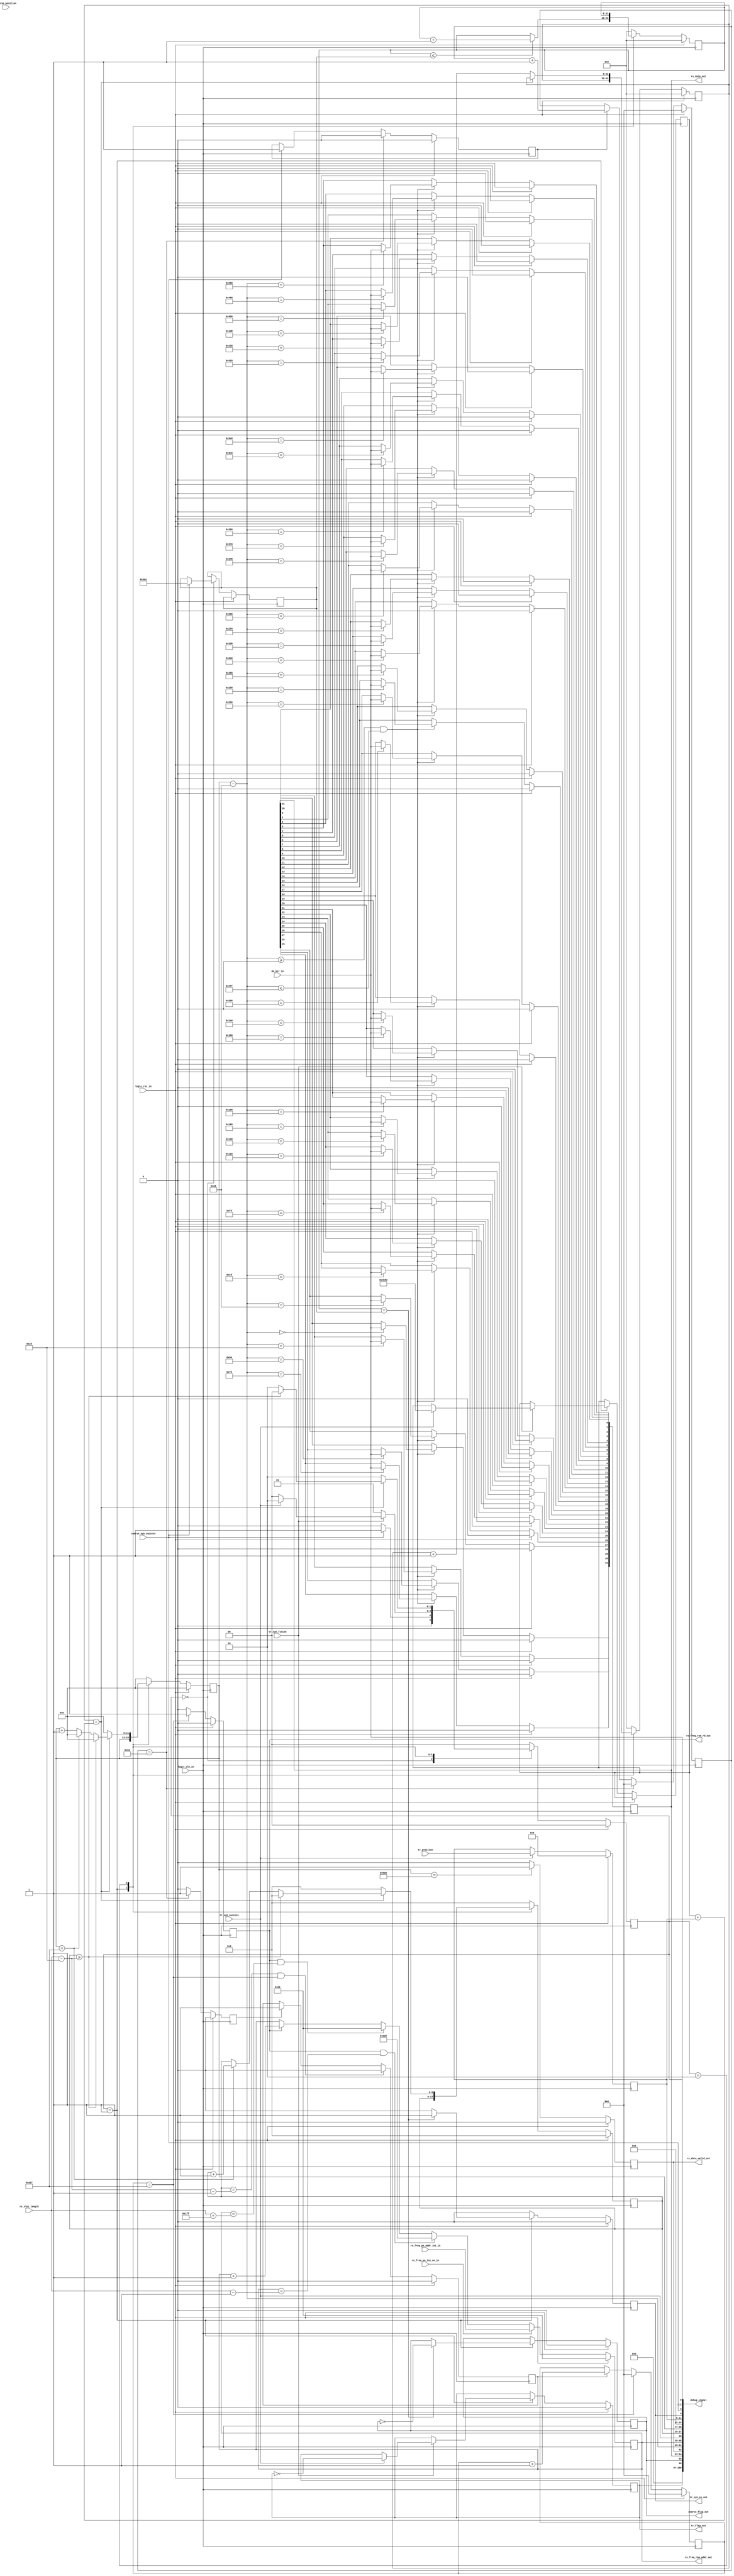
//////////////////////////////////////////////////////////////////////////////////
// Company:         StarPoint
// 
// Module Name:     rx_fsm_ctrl 
// Project Name:    Rx synchronization correlation process;
// Target Devices:  FPGA - XC7K325T - FFG900; 
// Tool versions:   ISE14.6;   
// Description:
//                  
//
// Revision:        v1.0 - File Created
// Additional Comments: 
// 1. 
// 2.
// 3. 
//
//////////////////////////////////////////////////////////////////////////////////
`timescale 1ns / 1ps

module rx_fsm_ctrl(
//// clock/reset ////
input               logic_clk_in,               // 200MHz logic clock
input               logic_rst_in, 

//sync signals
input               coarse_syn_success,
input[4:0]          coarse_position,		   //

input               tr_syn_finish,
input               tr_syn_success,
input[6:0]          tr_position,

//input data 
input               de_bit_in,
input[8:0]          rx_slot_length,

//output syn signals
output              tr_syn_en_out,              // 
output              coarse_flag_out,           // 
output              tr_flag_out,               // 

//output hop frequence signals
//output              time_slot_data_en,         // 1:    0 
output[9:0]         rx_freq_ram_addr_out,        // 
output              rx_freq_ram_rd_out,
input [9:0]         rx_freq_pn_addr_ini_in,     //ul freq and pn ram pattern initial addr
input               rx_freq_pn_ini_en_in,       //ul freq and pn ram pattern initial addr update enable

//output hop frequence signals
output              rx_data_valid_out,         // 
output[31:0]        rx_data_out,               // 32-bit

output[199:0]       debug_signal
);
//////////////////////////////////////////////////////////////////////////////////
//// signals declaration ////
reg [8:0]            rx_fh_counter            = 9'd0;      // 
reg [11:0]           rx_fh_period_counter     = 12'd0;     // 
reg [6:0]            tr_position_reg          = 7'd0;
       		                                  
reg [1:0]            rx_fh_ctrl_state;  
//wire[31:0]         coarse_cal_cnt_out;      
reg [31:0]           coarse_delay_count       = 32'd0;
reg [31:0]           tr_delay_count           = 32'd0;
reg [31:0]           delay_counter_1          = 32'd0;
reg [31:0]           delay_counter_2          = 32'd0;


reg [9:0]            rx_freq_ram_addr         = 10'd32;
reg                  rx_freq_ram_rd           = 1'b0;
                                              
reg                  rx_data_valid            = 1'b0;
reg [31:0]           rx_data                  = 32'd0;
wire[12:0]           bit_counter; 

reg                  coarse_freq_dly_en       = 1'b0;
reg[15:0]            coarse_freq_dly_cnt      = 16'd0;
reg                  coarse_freq_dly_pulse    = 1'b0;  

reg                  rx_13us_start            = 1'b0;                  
reg[15:0]            rx_13us_cnt              = 16'd0;

reg                  tr_syn_en                = 1'b0;  
reg                  coarse_flag              = 1'b0;
reg                  tr_flag                  = 1'b0;    

//////////////////////////////////////////////////////////////////////////////////
//// parameter defination ////
parameter            syn_code_num             = 8'd40;         //4032+8
parameter            tr_code_position         = 9'd32;         //tr
parameter            data_position            = 9'd40;         //
parameter            rx_13us_length           = 16'd2599;      //13us // 200M*13us=2600
parameter            rx_6_4us_length          = 13'd1279;      //13us // 200M*6.4us=1280
                                              
parameter            rx_freq_upd_delay        = 16'd98;        //freq update after coarse_sucess 100clk


//parameter            tr_position_length    = 24'd41599;   //trclk 32pulse*65bit*20clk(10ns)=41600; 13us*32pulse/10ns=41600
//parameter            data_position_length  = 24'd51999;      //clk   40pulse*65bit*20clk(10ns)=52000; 13us*40pulse/10ns=52000


// 
//parameter   coarse_delay_count          = (((tr_code_position - coarse_position - 1)*65 + 33)*40 - 18 - 20);	//delay counter
// -1  : coarse_position0tr_code_position1~3232pulse
// 65  : 65bit; 13us/200ns=65
// 40  : 200MHz(1bit)200/5=40
// 33  : 6.6us(33bit)
// 18  : 410clk
// 20  : tr_syn_entr
// 5M25M13us


// 
//parameter tr_delay_count                =(((data_position - tr_code_position -1 ) * 65 + 32 - 4) * 40 - 38); 	
// -1  : pulse
// 65  : 65bit; 
// 32  : bit, 
// 4   : DDCNCO4()NCOcoarse_success
// 38  : tr538clk
// 40  : 200MHz(1bit)200/5=40


//////////////////////////////////////////////////////////////////////////////////
//// (0) signal assigment ////
// time_slot_data_en1:  0FPGA
 //assign   time_slot_data_en             = (( rx_fh_ctrl_state == 2'd2 ) && (delay_counter_2[31:0] == tr_delay_count + tr_position_reg)) ? 1'b1 : 1'b0;
                                        
 assign   rx_data_valid_out             = rx_data_valid;
 assign   rx_data_out[31:0]             = rx_data[31:0];
                                        
 assign   rx_freq_ram_addr_out[9:0]     = rx_freq_ram_addr[9:0];
 assign   rx_freq_ram_rd_out            = rx_freq_ram_rd;    

 assign   tr_syn_en_out                 = tr_syn_en;    
 assign   coarse_flag_out               = coarse_flag;
 assign   tr_flag_out                   = tr_flag;    
//////////////////////////////////////////////////////////////////////////////////
//// (1)keep tr position 
always @(posedge logic_clk_in)
begin
    if(logic_rst_in)
        tr_position_reg[6:0]                <= 7'd0;
    else                                    
        begin                               
        if(tr_syn_success)                  
			begin                           
				tr_position_reg[6:0]        <= tr_position[6:0];
			end                             
		else                                
            tr_position_reg[6:0]            <= tr_position_reg[6:0];
        end
end


//////////////////////////////////////////////////////////////////////////////////
//// (2) FSM 
always @(posedge logic_clk_in)
begin
    if(logic_rst_in)
        begin
        rx_fh_counter[8:0]                          <= 9'd0;
        rx_fh_period_counter[11:0]                  <= 12'd0;
        rx_fh_ctrl_state                            <= 2'd0;
        delay_counter_1[31:0]                       <= 32'd0;
        delay_counter_2[31:0]                       <= 32'd0;
        tr_syn_en                                   <= 1'b0;
		coarse_flag                                 <= 1'b0;
		tr_flag                                     <= 1'b0;
        end
    else
        begin
        case(rx_fh_ctrl_state)
        2'd0:  // 
            begin
            rx_fh_counter[8:0]                      <= 9'd0;
            rx_fh_period_counter[11:0]              <= 12'd0;
            delay_counter_1[31:0]                   <= 32'd0;
            delay_counter_2[31:0]                   <= 32'd0;
            tr_syn_en                               <= 1'b0;
            if(coarse_syn_success == 1'b1)// 
                begin
					rx_fh_ctrl_state                <= 2'd1; // 
					coarse_delay_count[31:0]        <= 32'd1282;//(((tr_code_position - coarse_position[4:0] - 1)*65 + 33)*40 - 18 - 20);	
				end                                 
			else                                    
                rx_fh_ctrl_state                    <= 2'd0;
            end                                     
                                                    
        2'd1:  //                         
            begin                                   
            if(delay_counter_1[31:0] <= coarse_delay_count[31:0]) //delay_counter_1
                delay_counter_1[31:0]               <= delay_counter_1[31:0] + 1'b1;
            else
                delay_counter_1[31:0]               <= delay_counter_1[31:0]; 
                
            if(delay_counter_1[31:0] == coarse_delay_count[31:0] )
				begin
					tr_syn_en                       <= 1'b1;
					coarse_flag                     <= ~coarse_flag; 
				end                                 
			else                                    
                tr_syn_en                           <= 1'b0;
				
			       
            if(tr_syn_finish == 1'b1)
                begin
                if(tr_syn_success == 1'b1)
                    begin
					tr_flag                         <= ~tr_flag; 
					tr_delay_count[31:0]            <= 32'd19282;//(((data_position - tr_code_position -1 ) * 65 + 32 - 4) * 40 - 38); 
                    rx_fh_ctrl_state                <= 2'd2;   // 
                    end                             
                else                                
                    begin                           
                    rx_fh_ctrl_state                <= 2'd0;   // 
                    end                             
                end                                 
            else                                    
                rx_fh_ctrl_state                    <= 2'd1;
            end                                     
                                                    
        2'd2:  //                       
            begin                                       
            if(delay_counter_2[31:0] == (tr_delay_count[31:0] + tr_position_reg[6:0]))     // tr_delay_countrx_fh_counter                                                                        
		    begin                                                            // rx_fh_period_counter
                delay_counter_2[31:0]               <= delay_counter_2[31:0];  				
               // if(rx_fh_counter[8:0] >= (rx_slot_length[8:0] - syn_code_num + 9'd12) ) // ,12
			    if(rx_fh_counter[8:0] >= (rx_slot_length[8:0] - syn_code_num ) ) //(1.6us)6.6usrx_bufferwr12
                    begin                       				
                    rx_fh_period_counter[11:0]      <= 12'd0;
                    rx_fh_counter[8:0]              <= 9'd0;
                    rx_fh_ctrl_state                <= 1'b0;  //fh_num - syn_code_num,				
				   end
                else  //(1)
                    begin
                    if(rx_fh_period_counter[11:0] == rx_13us_length)//13us // 200M*13us=2600
                        begin
                        rx_fh_period_counter[11:0]  <= 12'd0;  
                        rx_fh_counter[8:0]          <= rx_fh_counter[8:0] + 1'b1; 						
                        end
                    else //(2)
                        begin
						rx_fh_period_counter[11:0]  <= rx_fh_period_counter[11:0] + 1'b1;
						rx_fh_counter[8:0]          <= rx_fh_counter[8:0];
                        end //end else(2)
						
                    rx_fh_ctrl_state                           <= 2'd2;
                    end //end else(1)
                end //end if(delay_counter_2 == tr_delay_count + tr_position_reg)  
           else
                begin
                delay_counter_2[31:0]                          <= delay_counter_2[31:0] + 1'b1;
                rx_fh_counter[8:0]                             <= 9'd0;
                rx_fh_period_counter[11:0]                     <= 12'd0;
                rx_fh_ctrl_state                               <= 2'd2;
                end                                            
            tr_syn_en                                          <= 1'b0;
            end                                          
        default:                                         
            begin                                        
            rx_fh_counter[8:0]                                 <= 9'd0;
            rx_fh_period_counter[11:0]                         <= 12'd0;
            rx_fh_ctrl_state                                   <= 2'd0;
            delay_counter_1[31:0]                              <= 32'd0;
            delay_counter_2[31:0]                              <= 32'd0;
            tr_syn_en                                          <= 1'b0;
            end
        endcase
        end

end

//////////////////////////////////////////////////////////////////////////////////
//// (3)
//(3-0)freq/pn update start after coarse_sucess 100clk
always @(posedge logic_clk_in)
begin
    if(logic_rst_in) begin
        coarse_freq_dly_en                <= 1'b0;
    end 
    else if(coarse_freq_dly_cnt[15:0] == rx_freq_upd_delay)    begin
	    coarse_freq_dly_en                <= 1'b0;	   
    end	
	else if(coarse_syn_success == 1'b1) begin    
	    coarse_freq_dly_en                <= 1'b1;	
    end                              
end

always @(posedge logic_clk_in)
begin
    if(logic_rst_in) begin
        coarse_freq_dly_cnt[15:0]         <= 16'd0;
    end 
    else if(coarse_freq_dly_cnt[15:0] == rx_freq_upd_delay)   begin 
	   coarse_freq_dly_cnt[15:0]          <= 16'd0;   
    end	
	else if(coarse_freq_dly_en) begin             
	    coarse_freq_dly_cnt[15:0]         <= coarse_freq_dly_cnt[15:0] + 1'b1;	
    end                              
end

always @(posedge logic_clk_in)
begin
    if(logic_rst_in) begin
        coarse_freq_dly_pulse             <= 1'b0;
    end 
    else if(coarse_freq_dly_cnt[15:0] == rx_freq_upd_delay)   begin 
	    coarse_freq_dly_pulse             <= 1'b1;	   
    end	
	else  begin    
	    coarse_freq_dly_pulse             <= 1'b0;	
    end                              
end

//(3-1)13us update control
always @(posedge logic_clk_in)
begin
    if(logic_rst_in) begin
        rx_13us_start                     <= 1'b0;
    end 
    else if((rx_fh_counter[8:0] == (rx_slot_length[8:0] - syn_code_num - 1'b1)) && (rx_13us_cnt[15:0] == rx_13us_length))   begin //(-1)
	    rx_13us_start                     <= 1'b0;	   
    end	
	//else if(coarse_syn_success == 1'b1) begin  
    else if(coarse_freq_dly_pulse == 1'b1) begin 	
	    rx_13us_start                     <= 1'b1;	//rx_13us is ahead real 13us, 6.6
    end                              
end

always @(posedge logic_clk_in)
begin
    if(logic_rst_in) begin
        rx_13us_cnt[15:0]                 <= 16'd0;
    end 
    else if(rx_13us_cnt[15:0] == rx_13us_length)   begin 
	   rx_13us_cnt[15:0]                  <= 16'd0;   
    end	
	else if(rx_13us_start) begin                  
	    rx_13us_cnt[15:0]                 <= rx_13us_cnt[15:0] + 1'b1;	
    end                              
end

always @(posedge logic_clk_in)
begin
    if(logic_rst_in) begin
        rx_freq_ram_rd                    <= 1'b0;
    end 
    else if(rx_13us_cnt[15:0] == rx_13us_length)   begin 
	   rx_freq_ram_rd                     <= 1'b1;   
    end	
	else begin                  
	   rx_freq_ram_rd                     <= 1'b0;
    end                              
end

//(3-2)freq/pn ping-pang ram
always @(posedge logic_clk_in)
begin
    if(logic_rst_in) begin  //makesure power reset intial
        rx_freq_ram_addr[9:0]             <= 10'd32;
    end 
	else if(rx_freq_pn_ini_en_in) begin
	    rx_freq_ram_addr[9:0]             <= rx_freq_pn_addr_ini_in[9:0]; //prevent ping-pang error when unsync
	end
	else if(rx_freq_ram_rd && (rx_freq_ram_addr[9:0] == {1'b0,(rx_slot_length[8:0] - 1'b1)})) begin //4~443(71)
	    rx_freq_ram_addr[9:0]             <= 10'd544; //ping-pang ram
	end
	else if(rx_freq_ram_rd && (rx_freq_ram_addr[9:0] == (rx_slot_length[8:0] + 9'd511))) begin //516~955(587)
	    rx_freq_ram_addr[9:0]             <= 10'd32; 	//no.0~31 for coarse syn in other process
    end
	else if(rx_freq_ram_rd)begin
	    rx_freq_ram_addr[9:0]             <= rx_freq_ram_addr[9:0] + 1'b1;
    end		
end


//////////////////////////////////////////////////////////////////////////////////
//// (4)output freq ctl and rx data 
assign  bit_counter[12:0] = rx_fh_period_counter[11:0] - 12'd160;  //rx_fh_period_counter[11:0]//13usrx_fh_period_counter4bit, 4*200/5=160

always @(posedge logic_clk_in)
begin
    if(logic_rst_in)
        begin
        rx_data_valid                     <= 1'b0;
        end
    else
        begin
        if(rx_fh_period_counter[11:0] == 12'd1440)  //32-bit(1280+160=1440)bit_counter
            rx_data_valid                 <= 1'b1;
        else                              
            rx_data_valid                 <= 1'b0;
        end
end

////(4-1)32-bitrx_data
// always @(posedge logic_clk_in)
// begin
    // if(logic_rst_in)
        // begin
        // rx_data[31:0]                     <= 32'd0;
        // end
    // else
        // begin          
        // if((bit_counter[12:0] >= 13'd0) && (bit_counter[12:0] <= rx_6_4us_length))  
            // begin
            // case(bit_counter[12:0])        //LSB first at tx module
            // 13'd0:      rx_data[0]        <= de_bit_in;  //1bit=200ns=200ns*200MZ=40clk
            // 13'd40:     rx_data[1]        <= de_bit_in;
            // 13'd80:     rx_data[2]        <= de_bit_in;  
            // 13'd120:    rx_data[3]        <= de_bit_in;
            // 13'd160:    rx_data[4]        <= de_bit_in;
            // 13'd200:    rx_data[5]        <= de_bit_in;  
            // 13'd240:    rx_data[6]        <= de_bit_in;
            // 13'd280:    rx_data[7]        <= de_bit_in;
            // 13'd320:    rx_data[8]        <= de_bit_in;  
            // 13'd360:    rx_data[9]        <= de_bit_in;
            // 13'd400:    rx_data[10]       <= de_bit_in;
            // 13'd440:    rx_data[11]       <= de_bit_in;  
            // 13'd480:    rx_data[12]       <= de_bit_in;
            // 13'd520:    rx_data[13]       <= de_bit_in;
            // 13'd560:    rx_data[14]       <= de_bit_in;  
            // 13'd600:    rx_data[15]       <= de_bit_in;
            // 13'd640:    rx_data[16]       <= de_bit_in;
            // 13'd680:    rx_data[17]       <= de_bit_in;  
            // 13'd720:    rx_data[18]       <= de_bit_in;
            // 13'd760:    rx_data[19]       <= de_bit_in;
            // 13'd800:    rx_data[20]       <= de_bit_in; 
            // 13'd840:    rx_data[21]       <= de_bit_in;  
            // 13'd880:    rx_data[22]       <= de_bit_in;
            // 13'd920:    rx_data[23]       <= de_bit_in;
            // 13'd960:    rx_data[24]       <= de_bit_in;  
            // 13'd1000:   rx_data[25]       <= de_bit_in;
            // 13'd1040:   rx_data[26]       <= de_bit_in;
            // 13'd1080:   rx_data[27]       <= de_bit_in;  
            // 13'd1120:   rx_data[28]       <= de_bit_in;
            // 13'd1160:   rx_data[29]       <= de_bit_in;
            // 13'd1200:   rx_data[30]       <= de_bit_in; 
            // 13'd1240:   rx_data[31]       <= de_bit_in;  
            // default:    rx_data[31:0]     <= rx_data[31:0];
            // endcase
            // end
        // else
            // rx_data[31:0]                 <= rx_data[31:0];
        // end
// end

always @(posedge logic_clk_in)
begin
    if(logic_rst_in)
        begin
        rx_data[31:0]                     <= 32'd0;
        end
    else
        begin          
        if((bit_counter[12:0] >= 13'd0) && (bit_counter[12:0] <= rx_6_4us_length))  
            begin
            case(bit_counter[12:0])        //MSB first at tx module
            13'd0:      rx_data[31]       <= de_bit_in;  //1bit=200ns=200ns*200MZ=40clk
            13'd40:     rx_data[30]       <= de_bit_in;
            13'd80:     rx_data[29]       <= de_bit_in;  
            13'd120:    rx_data[28]       <= de_bit_in;
            13'd160:    rx_data[27]       <= de_bit_in;
            13'd200:    rx_data[26]       <= de_bit_in;  
            13'd240:    rx_data[25]       <= de_bit_in;
            13'd280:    rx_data[24]       <= de_bit_in;
            13'd320:    rx_data[23]       <= de_bit_in;  
            13'd360:    rx_data[22]       <= de_bit_in;
            13'd400:    rx_data[21]       <= de_bit_in;
            13'd440:    rx_data[20]       <= de_bit_in;  
            13'd480:    rx_data[19]       <= de_bit_in;
            13'd520:    rx_data[18]       <= de_bit_in;
            13'd560:    rx_data[17]       <= de_bit_in;  
            13'd600:    rx_data[16]       <= de_bit_in;
            13'd640:    rx_data[15]       <= de_bit_in;
            13'd680:    rx_data[14]       <= de_bit_in;  
            13'd720:    rx_data[13]       <= de_bit_in;
            13'd760:    rx_data[12]       <= de_bit_in;
            13'd800:    rx_data[11]       <= de_bit_in; 
            13'd840:    rx_data[10]       <= de_bit_in;  
            13'd880:    rx_data[9]        <= de_bit_in;
            13'd920:    rx_data[8]        <= de_bit_in;
            13'd960:    rx_data[7]        <= de_bit_in;  
            13'd1000:   rx_data[6]        <= de_bit_in;
            13'd1040:   rx_data[5]        <= de_bit_in;
            13'd1080:   rx_data[4]        <= de_bit_in;  
            13'd1120:   rx_data[3]        <= de_bit_in;
            13'd1160:   rx_data[2]        <= de_bit_in;
            13'd1200:   rx_data[1]        <= de_bit_in; 
            13'd1240:   rx_data[0]        <= de_bit_in;  
            default:    rx_data[31:0]     <= rx_data[31:0];
            endcase
            end
        else
            rx_data[31:0]                 <= rx_data[31:0];
        end
end

//////////////////////////////////////////////////////////////////////////////////
////(5) debug ////
assign  debug_signal[0]                  = de_bit_in;
assign  debug_signal[2:1]                = rx_fh_ctrl_state[1:0];
assign  debug_signal[3]                  = coarse_syn_success;
assign  debug_signal[4]                  = tr_syn_en;
//assign  debug_signal[5]                  = tr_syn_success;
assign  debug_signal[11:5]               = tr_position_reg[6:0];
assign  debug_signal[16:12]              = 5'd0;

assign  debug_signal[28:17]              = rx_fh_period_counter[11:0];
assign  debug_signal[37:29]              = rx_fh_counter[8:0]; 
assign  debug_signal[38]                 = tr_syn_success;//rx_13us_start;
assign  debug_signal[48:39]              = rx_freq_ram_addr[9:0];
assign  debug_signal[61:49]              = bit_counter[12:0];
assign  debug_signal[62]                 = rx_data_valid;
assign  debug_signal[94:63]              = rx_data[31:0]; 

assign  debug_signal[95]                 = coarse_flag;
assign  debug_signal[96]                 = tr_flag;


                 
// assign  debug_signal[128:97]             = delay_counter_2[31:0];//coarse_delay_count[31:0]; 
// assign  debug_signal[160:129]            = delay_counter_1[31:0]; 
// assign  debug_signal[192:161]            = tr_delay_count[31:0];
// assign  debug_signal[193]                = rx_13us_start;//tr_syn_success;
//assign  debug_signal[199:194]            = 6'd0;

assign  debug_signal[199:97]            = 103'd0;



//////////////////////////////////////////////////////////////////////////////////
//////////////////////////////////////////////////////////////////////////////////
//////////////////////////////////////////////////////////////////////////////////

endmodule